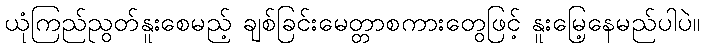
ယုံကြည်ညွတ်နူးစေမည့် ချစ်ခြင်းမေတ္တာစကားတွေဖြင့် နူးမြေ့နေမည်ပါပဲ။